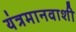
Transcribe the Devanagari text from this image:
यंत्रमानवाशी